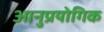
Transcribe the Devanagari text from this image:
आनुप्रयोगिक